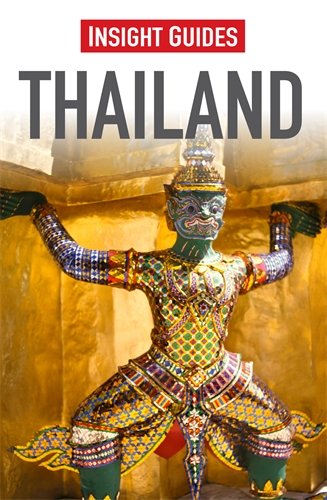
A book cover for Thailand (Insight Guides); Howard Richardson; Travel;